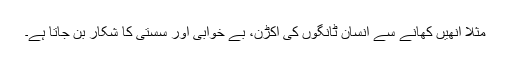
مثلاً انھیں کھانے سے انسان ٹانگوں کی اکڑن، بے خوابی اور سْستی کا شکار بن جاتا ہے۔